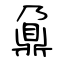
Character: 鼐